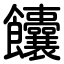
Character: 饢